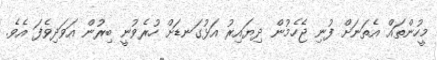
މީހުންތައް އެތަނަށް ފުނި ޖެހެމުން ދިޔައިރު އަޅުގަނޑަށް ހުރެވުނީ ބިރުން އަވަދިވެފަ އެވެ.